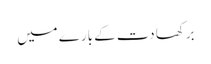
برکھا دت کے بارے میں